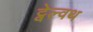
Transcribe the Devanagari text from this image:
ट्वेल्वथ